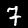
Digit: 7